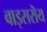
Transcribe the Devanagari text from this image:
वाइसरॊय